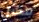
مسل